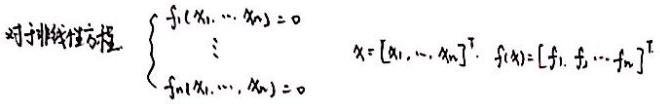
对于非线性方程，\(\begin{cases}
f_1(x_1, \cdots, x_n) = 0 \\
\vdots \\
f_n(x_1, \cdots, x_n) = 0
\end{cases}\)，\(x = [x_1, \cdots, x_n]^T\)，\(f(x) = [f_1, f_2, \cdots f_n]^T\)